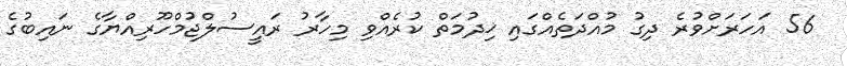
56 އަހަރަށްވުރެ ދިގު މުއްދަތެއްގައި ޚިދުމަތް ކުރެއްވި މިހާރު ރައީސުލްޖުމްހޫރިއްޔާގެ ނައިބުގެ